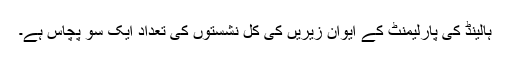
ہالینڈ کی پارلیمنٹ کے ایوانِ زیریں کی کل نشستوں کی تعداد ایک سو پچاس ہے۔